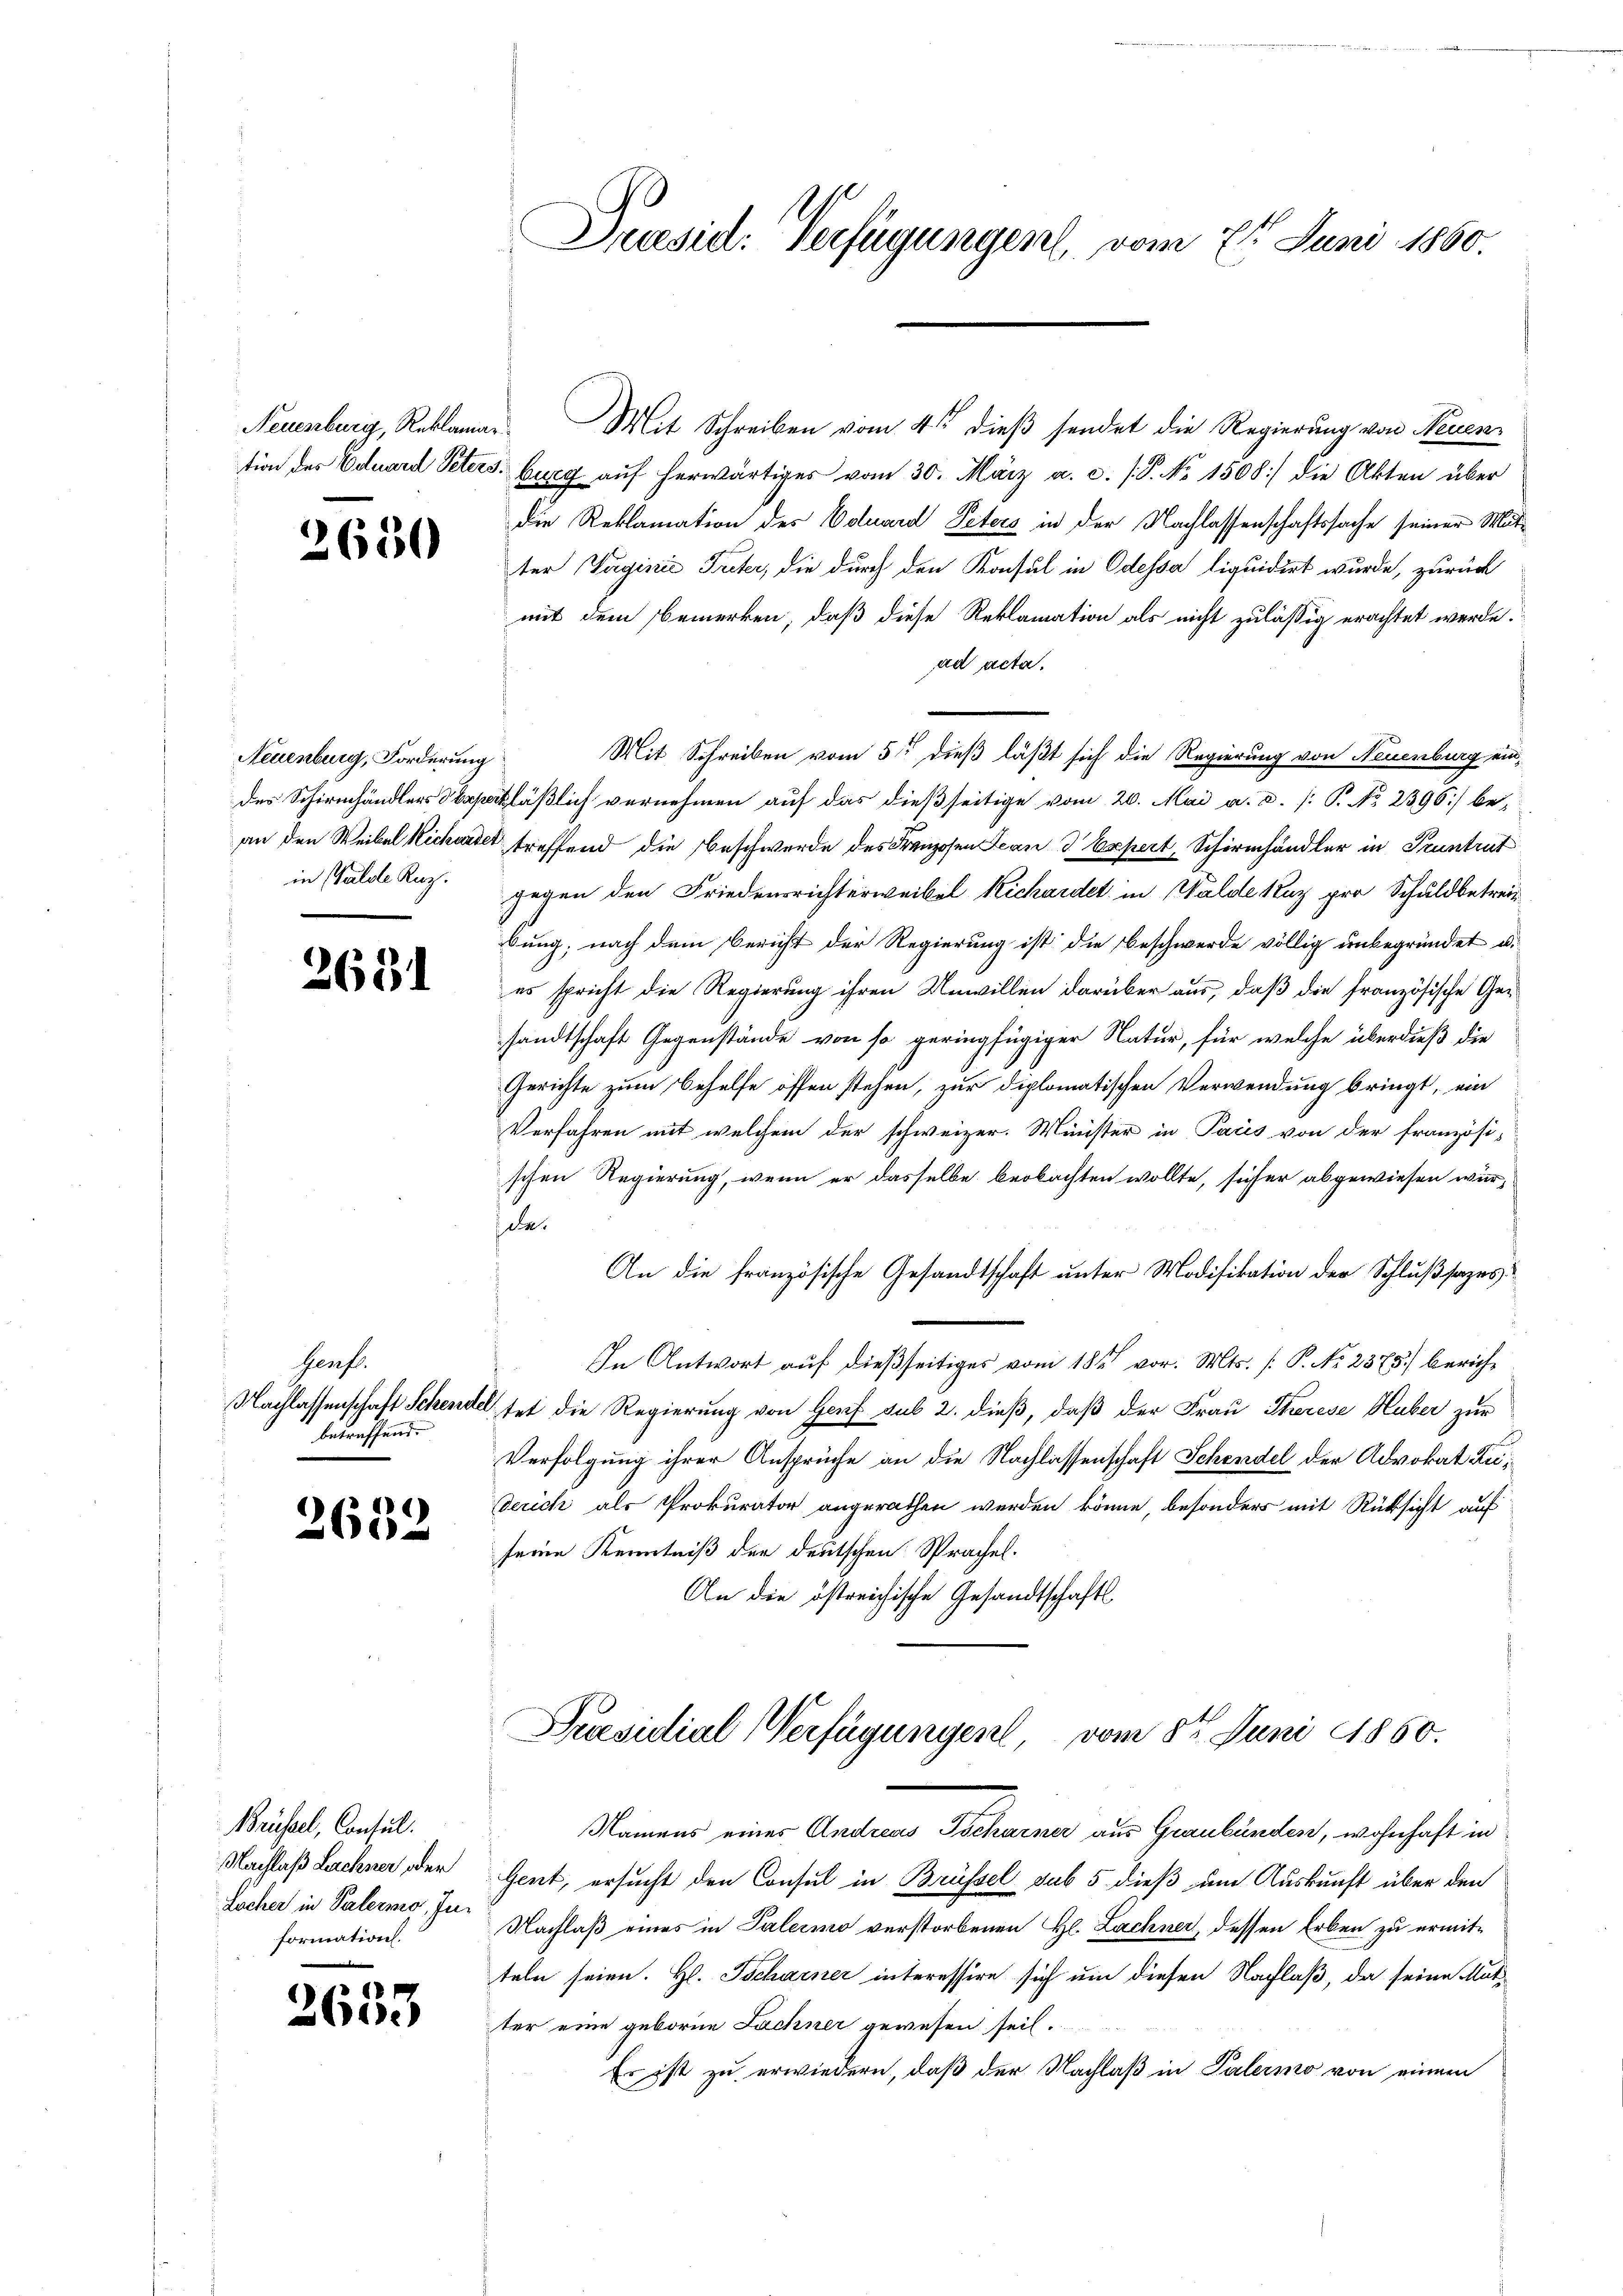
Neuenburg, Reklama

2650

Neuenburg, Forderung
des Schirmhändlers Sap
in Wälde Kuz.

2631

Genf.
Nachlassenschaft Schene
betreffend

2632

Brüssel, Consul
Locher in Palerng, Information.

1
2600

Praesid. Verfügungen, vom 21. Juni 1860.

. Mit Schreiben vom 4ten dieß sendet die Regierung von Neuention des Eduard Peters burg auf herwärtiges vom 30. März a. c. (T. No 1508) die Akten über
die Reklamation des Eduard Peters in der Nachlassenschaftssache seiner Mutter Taginie Treter, die durch den Konsul in Odessa liquidirt wurde, zurück
mit dem Bemerken, daß diese Reklamation als nicht zulässig erachtet werde.
ad acta.
¬
akläßlich vernehmen auf das dießseitige vom 20. Mai a. d. J. P. No 2396) bean den Weibel Kichartet treffend die Beschwerde des Franzosen Jean 3 Expert, Schirmhändler in Pruntrut
gegen den Friedensrichterweibel Kichardet in Walde kuz pro Schuldbetreibung, nach dem Bericht der Regierung ist die Beschwerde völlig unbegründet u.
es spricht die Regierung ihren Unwillen darüber aus, daß die französische Gesandtschaft Gegenstände von so geringfügiger Natur, für welche überdieß die
Gerichte zum Behelfe offen stehen, zur diplomatischen Verwendung bringt, ein
Verfahren mit welchem der schweizer. Minister in Pacis von der französi-
schen Regierung, wenn er dasselbe beobachten wollte, sicher abgewiesen wür-
de.
An die französische Gesandtschaft unter Modifikation der Schlußsazes
In Antwort auf dießseitiges vom 18ten vor. Mts. P. No 2373) berich¬
Vtet die Regierung von Genf sub 2. dieß, daß der Frau Therese Huber zur
Verfolgung ihrer Ansprüche an die Nachlassenschaft Schendel der Advokat Zu¬
Zürich als Prokurator angerathen werden könne, besonders mit Rücksicht auf
seine Kenntniß der deutschen Sprachel.
An die östreichische Gesandtschafts

Mit Schreiben vom 5ten dieß läßt sich die Regierung von Neuenburg ein¬

Präsidial-Verfügungen, vom 8ten Juni 1860.

Namens einer Andreas Tscharner aus Graubünden, wohnhaft in
Nachlaß Lachner, der Gent, ersucht den Consul in Brüssel sub 5 dieß um Auskunft über den
Nachlaß eines in Palermo verstorbenen Hl. Lachner, dessen Erben zu ermitteln seien. Hl. Tscharner interessire sich um diesen Nachlaß, da seine Mutter eine geboren Fachner gewesen seil.
Es ist zu erwiedern, daß der Nachlaß in Palermo von einem